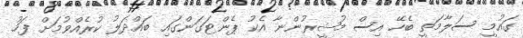
ގައުމީ ސަލާމަތީ ބެހޭ އިސް މުޝީރުންނާ އެކު ޕެންޓަގަންގައި ބައްދަލު ކުރެއްވުމަށް ފަހު